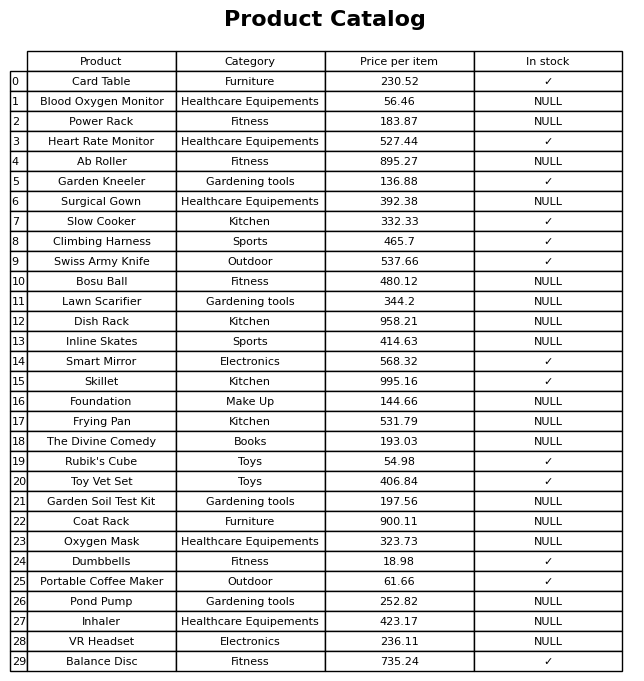
question: What is the price for Pond Pump?
answer: The price of Pond Pump is 252.82.